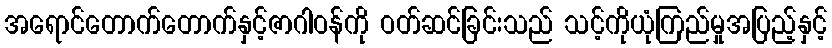
အရောင်တောက်တောက်နှင့်ဇာဂါဝန်ကို ဝတ်ဆင်ခြင်းသည် သင့်ကိုယုံကြည်မှုအပြည့်နှင့်